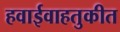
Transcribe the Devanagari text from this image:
हवाईवाहतुकीत